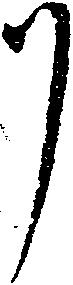
リ